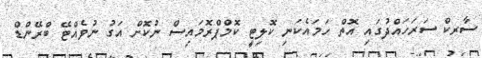
ސާރކް ސަރަހައްދުގައި އޮތް ހަމައެކަނި ކޮލިޓީ ކޮމްޕްރޮމައިސް ނުކޮށް އަގު ނުވެއްޓޭ ބްރޭންޑް